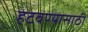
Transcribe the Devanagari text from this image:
हटवण्यासाठी